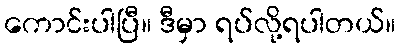
ကောင်းပါပြီ။ ဒီမှာ ရပ်လို့ရပါတယ်။